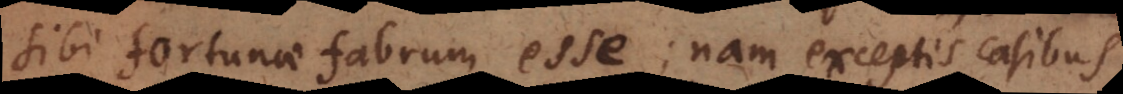
sibi fortunae fabrum esse; nam exceptis casibus